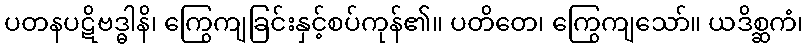
ပတနပဋိဗဒ္ဓါနိ၊ ကြွေကျခြင်းနှင့်စပ်ကုန်၏။ ပတိတေ၊ ကြွေကျသော်။ ယဒိစ္ဆကံ၊